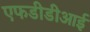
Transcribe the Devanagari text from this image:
एफडीडीआई